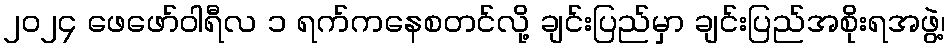
၂၀၂၄ ဖေဖော်ဝါရီလ ၁ ရက်ကနေစတင်လို့ ချင်းပြည်မှာ ချင်းပြည်အစိုးရအဖွဲ့၊